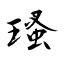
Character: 瑵